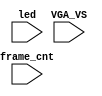
`timescale 1ns/1ps

module mist_dump(
    input           VGA_VS,
    input           led,
    input   [31:0]  frame_cnt
);

`ifdef DUMP
`ifndef NCVERILOG // iVerilog:
    initial begin
        // #(200*100*1000*1000);
        $display("iverilog: DUMP enabled");
        $dumpfile("test.lxt");
    end
    `ifdef LOADROM
    initial begin
        $display("DUMP starts");
        $dumpvars(1,mist_test.UUT.u_game);
        $dumpvars(0,mist_test.u_harness);
        //$dumpvars(0,mist_test.UUT.u_frame.u_board.u_sdram);
        $dumpon;
    end
    `else
        `ifdef DUMP_START
        always @(negedge VGA_VS) if( frame_cnt==`DUMP_START ) begin
        `else
            initial begin
        `endif
            $display("DUMP starts");
            `ifdef DEEPDUMP
                $dumpvars(0,mist_test);
            `else
                //$dumpvars(1,mist_test.UUT.u_game.u_main);
                //$dumpvars(1,mist_test.UUT.u_game.u_sdram);
                //$dumpvars(1,mist_test.UUT.u_game.u_sdram.u_dwnld);
                //$dumpvars(1,mist_test.UUT.u_game.u_sound);
                $dumpvars(1,mist_test.UUT.u_game);
                $dumpvars(1,mist_test.UUT.u_game.u_video);
                $dumpvars(1,mist_test.frame_cnt);
            `endif
            $dumpon;
        end
    `endif
`else // NCVERILOG
    `ifdef DUMP_START
    always @(negedge VGA_VS) if( frame_cnt==`DUMP_START ) begin
    `else
    initial begin
    `endif
        $shm_open("test.shm");
        `ifdef DEEPDUMP
            $display("NC Verilog: will dump all signals");
            $shm_probe(mist_test,"AS");
        `else
            $display("NC Verilog: will dump selected signals");
            $shm_probe(frame_cnt);
            $shm_probe(UUT.u_game,"A");
            $shm_probe(UUT.u_game.u_main,"A");
            $shm_probe(UUT.u_game.u_main.u_ti1,"AS");
            $shm_probe(UUT.u_game.u_video,"A");
            $shm_probe(UUT.u_game.u_video.u_scroll,"A");
            $shm_probe(UUT.u_game.u_video.u_colmix,"A");
        `endif
    end
`endif
`endif

endmodule // mist_dump